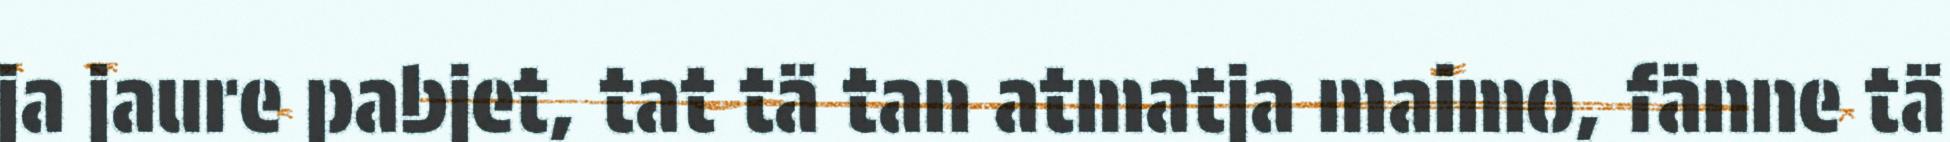
ja jaure pabjet, tat tä tan atmatja maimo, fänne tä